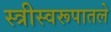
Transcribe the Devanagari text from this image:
स्त्रीस्वरूपातले